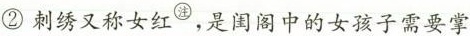
②刺绣又称女红^{\bigcirc{注}}，是闺阁中的女孩子需要掌